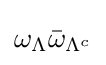
\omega _{\Lambda }{\bar {\omega }}_{\Lambda ^{c}}